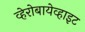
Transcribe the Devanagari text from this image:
व्हेरोबायेव्हाइट